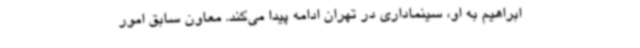
ابراهیم به او، سینماداری در تهران ادامه پیدا می‌کند. معاون سابق امور